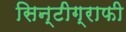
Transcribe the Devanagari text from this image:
सिन्टीग्राफी